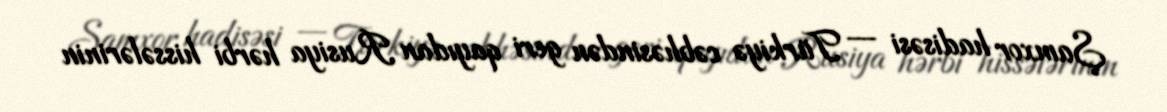
Şamxor hadisəsi — Türkiyə cəbhəsindən geri qayıdan Rusiya hərbi hissələrinin